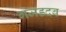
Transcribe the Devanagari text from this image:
गजडदब